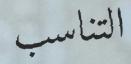
التناسب